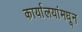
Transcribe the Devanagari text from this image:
कार्यालयांमधून